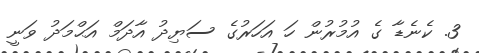
3. ކެނެޑާ ގެ އުމުރުން ހަ އަހަރުގެ ސަޔިދު އާދަމް އަޙްމަދު ވަނީ